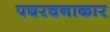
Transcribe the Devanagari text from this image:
पद्यरचनाकार